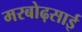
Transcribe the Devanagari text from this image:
मरबोढ़साई